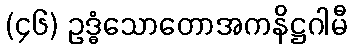
(၄၆) ဥဒ္ဓံသောတောအကနိဋ္ဌဂါမီ